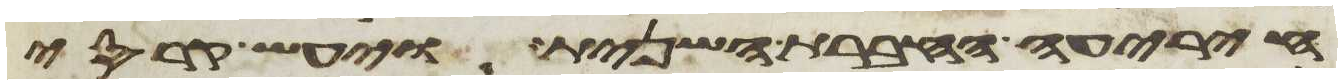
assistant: היריעה החברת השנית ויעש קרסי